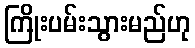
ကြိုးပမ်းသွားမည်ဟု